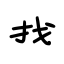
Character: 找